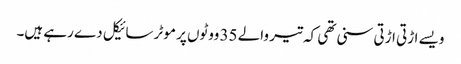
ویسے اڑتی اڑتی سنی تھی کہ تیر والے 35 ووٹوں پر موٹر سائیکل دے رہے ہیں۔